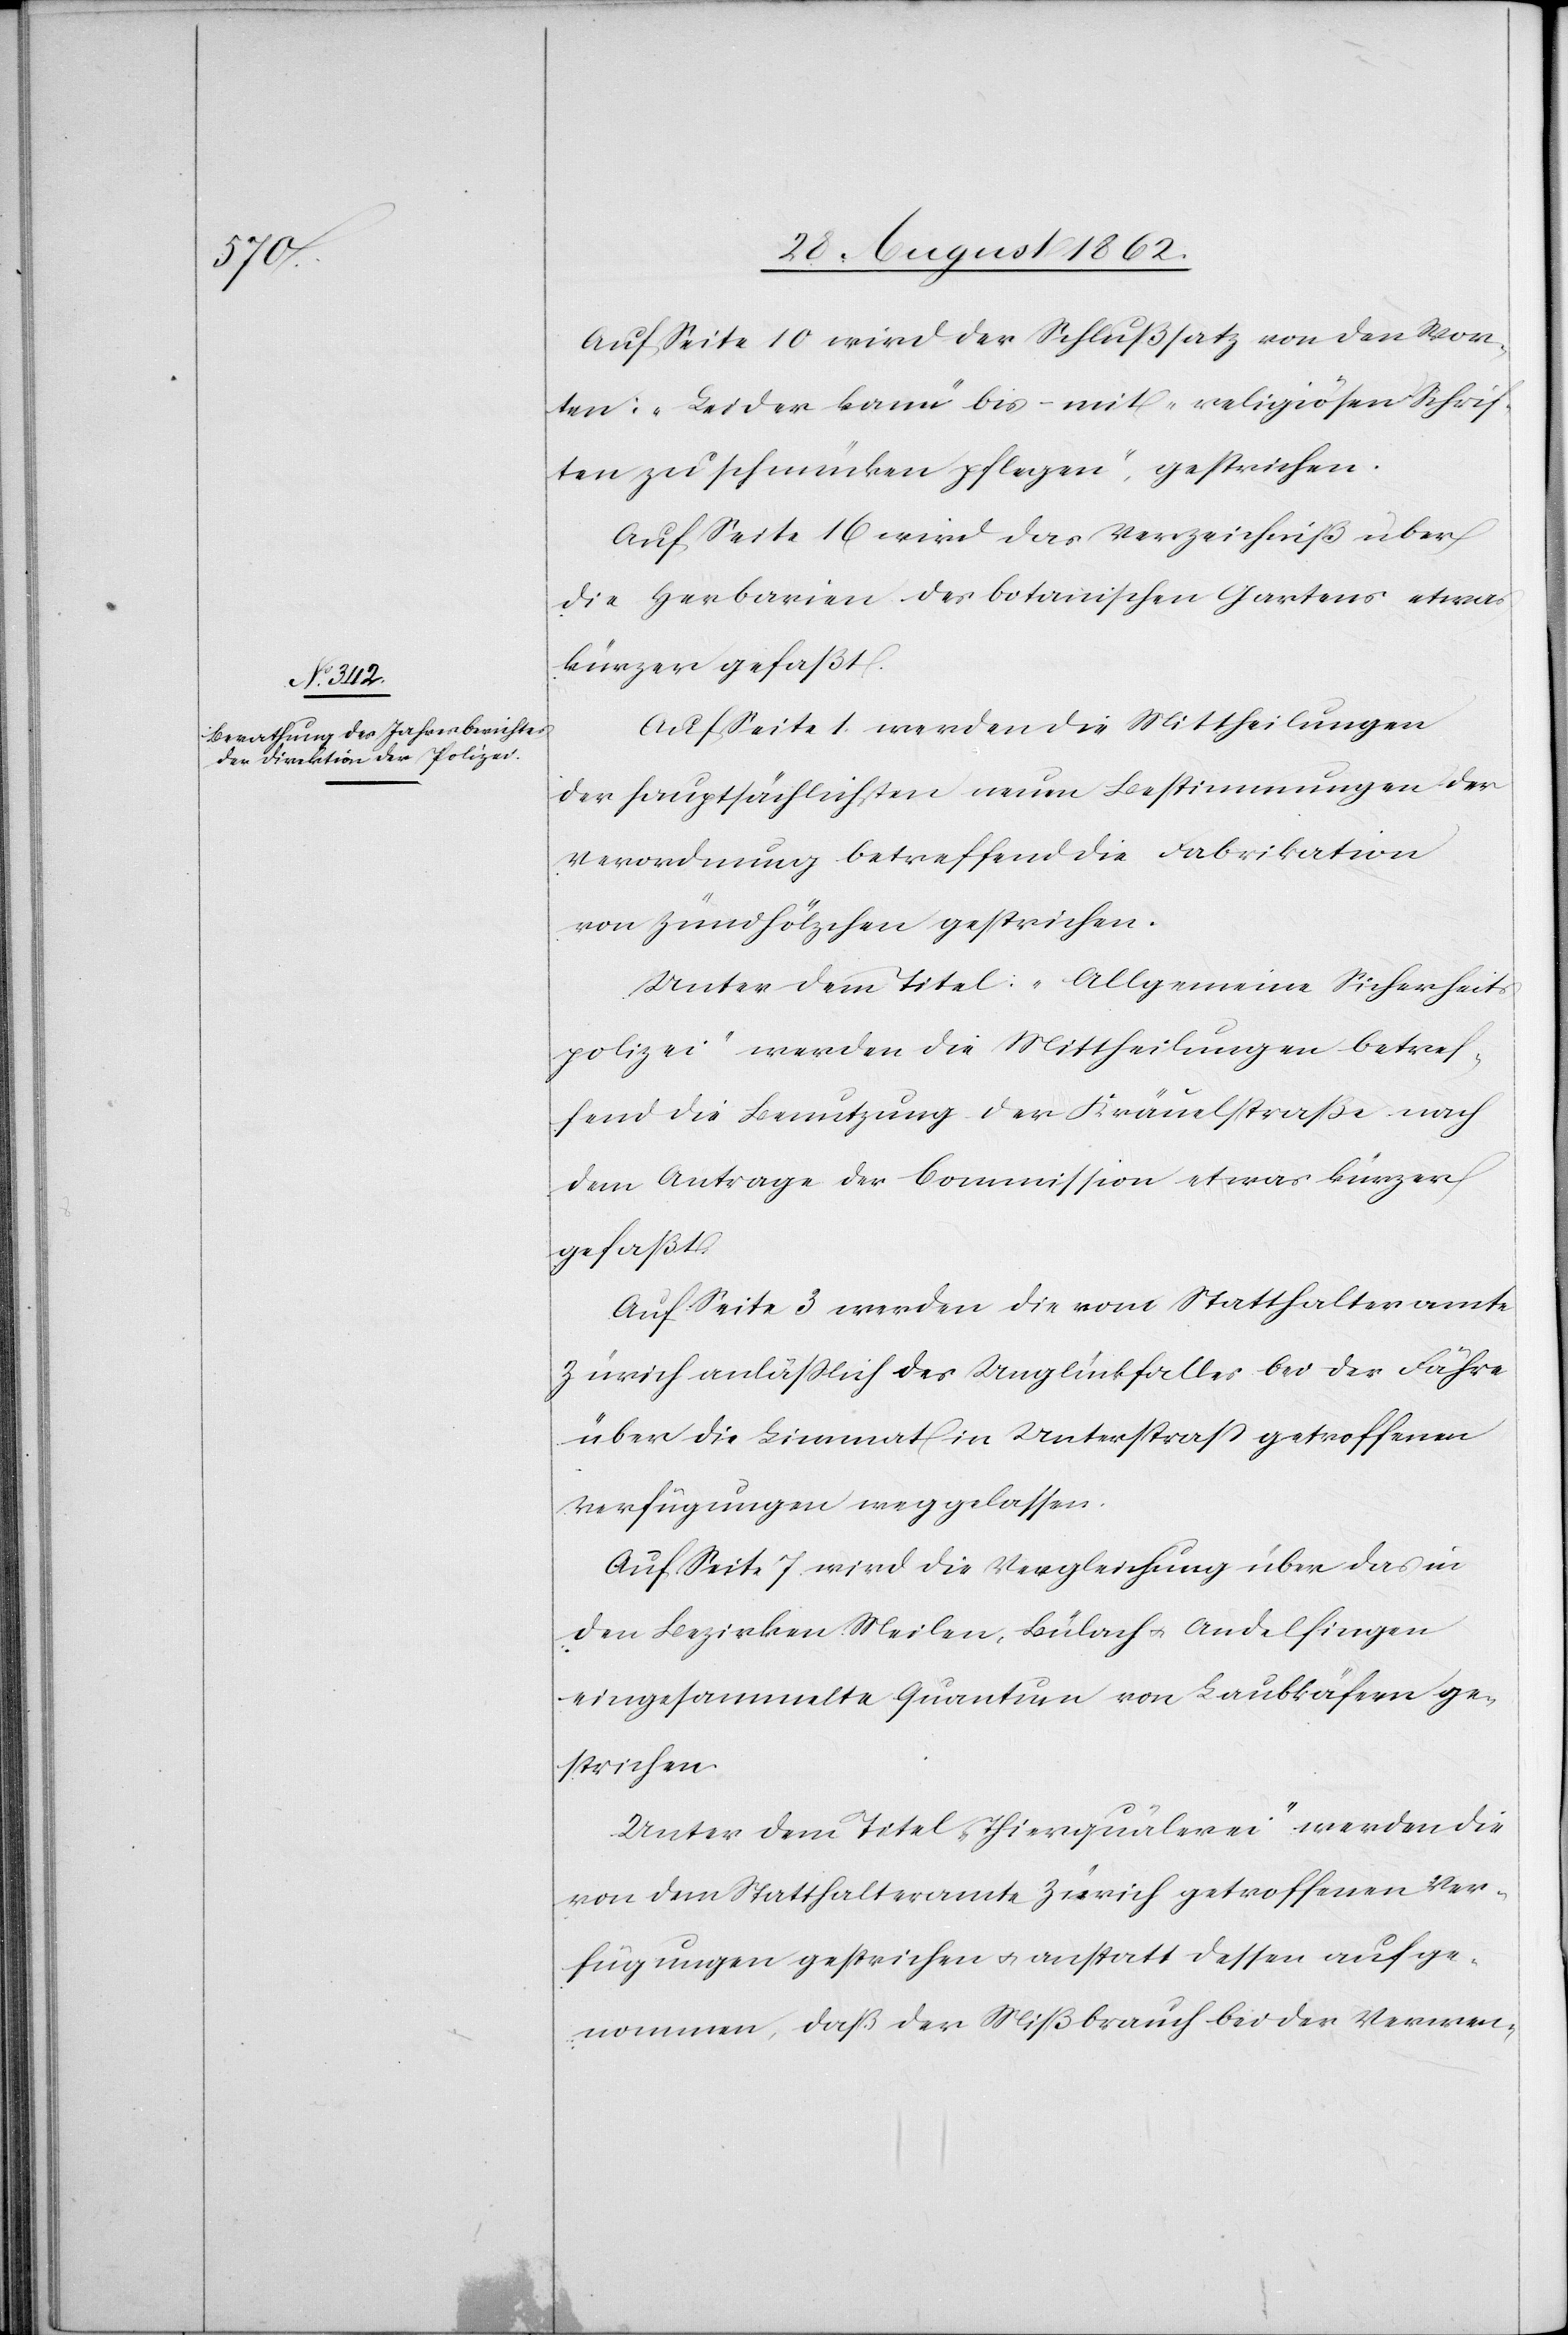
Auf Seite 10 wird der Schlußsatz von den Wor¬
ten: „Leider kann“ bis – mit „religiösen Schrif¬
ten zu schmücken pflegen“, gestrichen.
Auf Seite 16 wird das Verzeichniß über
die Herbarien des botanischen Gartens etwas
kürzer gefaßt.
Auf Seite 1 werden die Mittheilungen
der hauptsächlichsten neuen Bestimmungen der
Verordnung betreffend die Fabrikation
von Zündhölzchen gestrichen.
Unter dem Titel: „Allgemeine Sicherheit¬
spolizei“ werden die Mittheilungen betref¬
fend die Benutzung der Kräuelstraße nach
dem Antrage der Commission etwas kürzer
gefaßt.
Auf Seite 3 werden die vom Statthalteramte
Zürich anläßlich des Unglückfalles bei der Fähre
über die Limmat in Unterstraß getroffenen
Verfügungen weggelassen.
Auf Seite 7 wird die Vergleichung über das in
den Bezirken, Meilen, Bülach u. Andelfingen
eingesammelte Quantum von Laubkäfern ge¬
strichen.
Unter dem Titel „Thierquälerei“ werden die
von dem Statthalteramte Zürich getroffenen Ver¬
fügungen gestrichen u. anstatt dessen aufge¬
nommen, daß der Mißbrauch bei der Verwen-